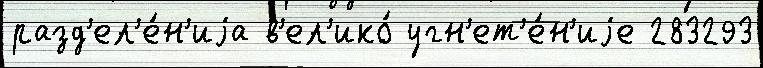
разд'ел'е́н'иjа в'ел'ико́ угн'ет'е́н'иjе 283293